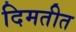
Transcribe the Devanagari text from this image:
दिमतीत